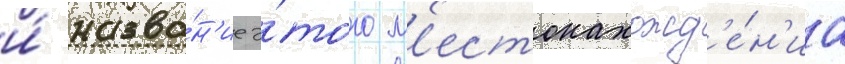
и́ назва́н'ие э́того м'естонахожд'е́н'иа